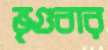
ভৃগুবার